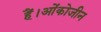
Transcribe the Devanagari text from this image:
हैं।ओंकोजीन